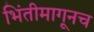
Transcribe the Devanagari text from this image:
भिंतीमागूनच